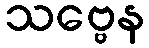
သဗ္ဗေန